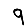
Digit: 9